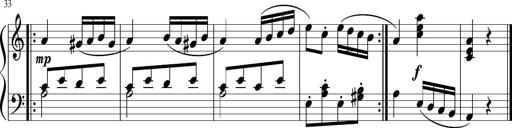
Title: 6 Progressive Sonatinas
Composer: Johann Anton AndrÃ©